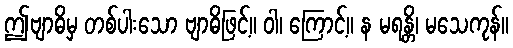
ဤဗျာဓိမှ တစ်ပါးသော ဗျာဓိဖြင့်။ ဝါ၊ ကြောင့်။ န မရန္တိ၊ မသေကုန်။